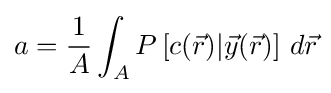
a={\frac {1}{A}}\int _{A}P\left[c({\vec {r}})|{\vec {y}}({\vec {r}})\right]\,d{\vec {r}}